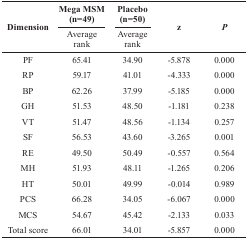
<table><thead><tr><td rowspan="2"><b>Dimension</b></td><td><b>Mega MSM (n=49)</b></td><td><b>Placebo (n=50)</b></td><td rowspan="2"><b>z</b></td><td rowspan="2"><b><i>P</i></b></td></tr><tr><td><b>Average rank</b></td><td><b>Average rank</b></td></tr></thead><tbody><tr><td>PF</td><td>65.41</td><td>34.90</td><td>-5.878</td><td>0.000</td></tr><tr><td>RP</td><td>59.17</td><td>41.01</td><td>-4.333</td><td>0.000</td></tr><tr><td>BP</td><td>62.26</td><td>37.99</td><td>-5.185</td><td>0.000</td></tr><tr><td>GH</td><td>51.53</td><td>48.50</td><td>-1.181</td><td>0.238</td></tr><tr><td>VT</td><td>51.47</td><td>48.56</td><td>-1.134</td><td>0.257</td></tr><tr><td>SF</td><td>56.53</td><td>43.60</td><td>-3.265</td><td>0.001</td></tr><tr><td>RE</td><td>49.50</td><td>50.49</td><td>-0.557</td><td>0.564</td></tr><tr><td>MH</td><td>51.93</td><td>48.11</td><td>-1.265</td><td>0.206</td></tr><tr><td>HT</td><td>50.01</td><td>49.99</td><td>-0.014</td><td>0.989</td></tr><tr><td>PCS</td><td>66.28</td><td>34.05</td><td>-6.067</td><td>0.000</td></tr><tr><td>MCS</td><td>54.67</td><td>45.42</td><td>-2.133</td><td>0.033</td></tr><tr><td>Total score</td><td>66.01</td><td>34.01</td><td>-5.857</td><td>0.000</td></tr></tbody></table>